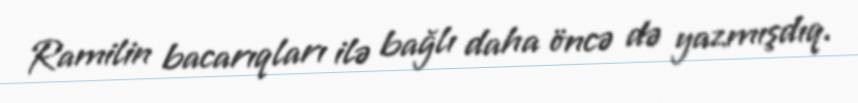
Ramilin bacarıqları ilə bağlı daha öncə də yazmışdıq.